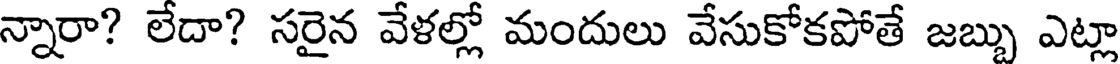
న్నారా? లేదా? సరైన వేళల్లో మందులు వేసుకోకపోతే జబ్బు ఎట్లా